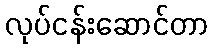
လုပ်ငန်းဆောင်တာ